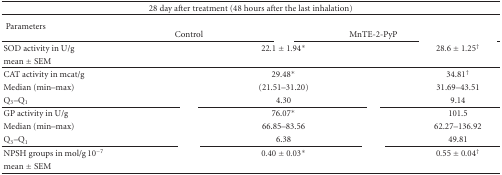
<table><thead><tr><td colspan="5"><b>28 day after treatment (48 hours after the last inhalation)</b></td></tr></thead><tbody><tr><td rowspan="2"> Parameters</td><td colspan="4">[EMPTY_CELL]</td></tr><tr><td>Control</td><td>[EMPTY_CELL]</td><td>MnTE-2-PyP</td><td>[EMPTY_CELL]</td></tr><tr><td>SOD activity in U/g</td><td>[EMPTY_CELL]</td><td>22.1 ± 1.94*</td><td>[EMPTY_CELL]</td><td>28.6 ± 1.25<sup>†</sup></td></tr><tr><td>mean ± SEM</td><td>[EMPTY_CELL]</td><td>[EMPTY_CELL]</td><td>[EMPTY_CELL]</td><td>[EMPTY_CELL]</td></tr><tr><td>CAT activity in mcat/g</td><td>[EMPTY_CELL]</td><td>29.48*</td><td>[EMPTY_CELL]</td><td>34.81<sup>†</sup></td></tr><tr><td>Median (min–max)</td><td>[EMPTY_CELL]</td><td>(21.51–31.20)</td><td>[EMPTY_CELL]</td><td>31.69–43.51</td></tr><tr><td>Q<sub>3</sub>–Q<sub>1</sub></td><td>[EMPTY_CELL]</td><td> 4.30</td><td>[EMPTY_CELL]</td><td>9.14</td></tr><tr><td>GP activity in U/g</td><td>[EMPTY_CELL]</td><td>76.07*</td><td>[EMPTY_CELL]</td><td>101.5</td></tr><tr><td>Median (min–max)</td><td>[EMPTY_CELL]</td><td>66.85–83.56</td><td>[EMPTY_CELL]</td><td>62.27–136.92</td></tr><tr><td>Q<sub>3</sub>–Q<sub>1</sub></td><td>[EMPTY_CELL]</td><td>6.38</td><td>[EMPTY_CELL]</td><td>49.81</td></tr><tr><td>NPSH groups in mol/g 10<sup>−7</sup></td><td>[EMPTY_CELL]</td><td>0.40 ± 0.03*</td><td>[EMPTY_CELL]</td><td>0.55 ± 0.04<sup>†</sup></td></tr><tr><td>mean ± SEM</td><td>[EMPTY_CELL]</td><td>[EMPTY_CELL]</td><td>[EMPTY_CELL]</td><td>[EMPTY_CELL]</td></tr></tbody></table>